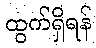
ထွက်ရှိရန်